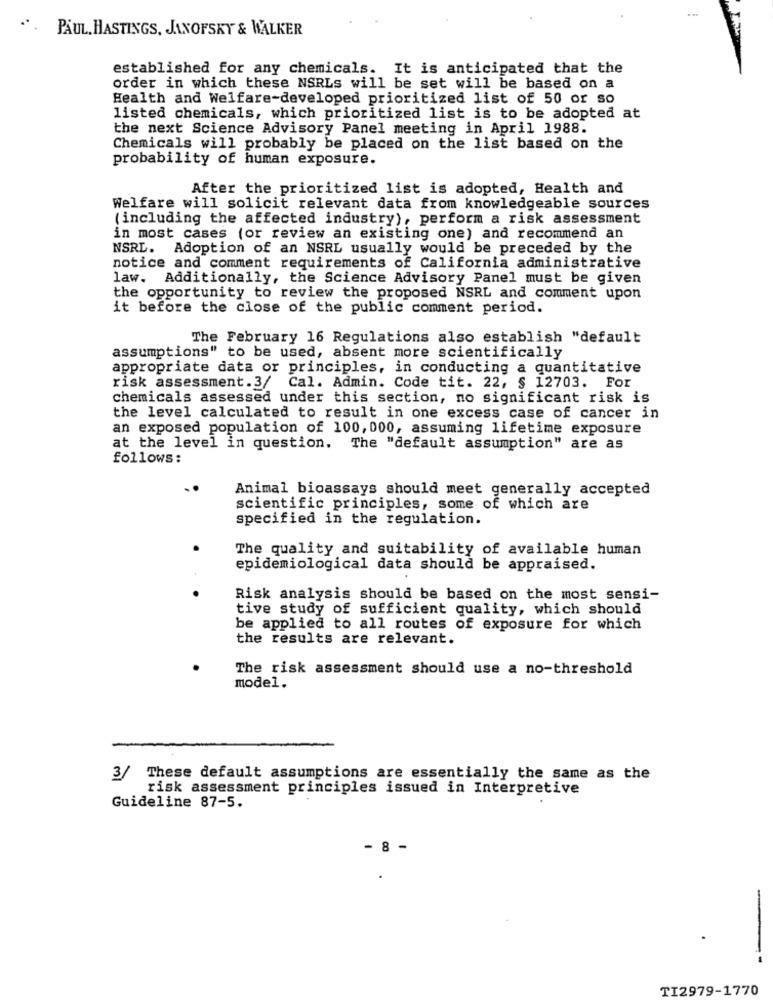
". PAUL, HASTINGS, JANOFSKY & WALKER
established for any chemicals. It is anticipated that the
order in which these NSRLs will be set will be based on a
Health and Welfare-developed prioritized list of 50 or so
listed chemicals, which prioritized list is to be adopted at
the next Science Advisory Panel meeting in April 1988.
Chemicals will probably be placed on the list based on the
probability of human exposure.
After the prioritized list is adopted, Health and
Welfare will solicit relevant data from knowledgeable sources
(including the affected industry), perform a risk assessment
in most cases (or review an existing one) and recommend an
NSRL. Adoption of an NSRL usually would be preceded by the
notice and comment requirements of California administrative
law. Additionally, the Science Advisory Panel must be given
the opportunity to review the proposed NSRL and comment upon
it before the close of the public comment period.
The February 16 Regulations also establish "default
assumptions" to be used, absent more scientifically
appropriate data or principles, in conducting a quantitative
risk assessment. 3/ Cal. Admin. Code tit. 22, § 12703. For
chemicals assessed under this section, no significant risk is
the level calculated to result in one excess case of cancer in
an exposed population of 100, 000, assuming lifetime exposure
at the level in question. The "default assumption" are as
follows:
Animal bioassays should meet generally accepted
scientific principles, some of which are
specified in the regulation.
The quality and suitability of available human
epidemiological data should be appraised.
Risk analysis should be based on the most sensi-
tive study of sufficient quality, which should
be applied to all routes of exposure for which
the results are relevant.
The risk assessment should use a no-threshold
model.
3/
These default assumptions are essentially the same as the
risk assessment principles issued in Interpretive
Guideline 87-5.
- 8 -
TI2979-1770